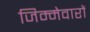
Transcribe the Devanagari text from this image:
जिम्मेवारों